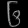
Digit: ၆